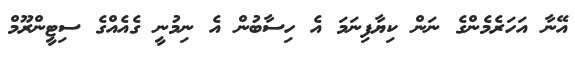
އޭނާ އަހަރެމެންގެ ނަން ކިޔާފިނަމަ އެ ހިސާބުން އެ ނިމުނީ ގެއެއްގެ ސިޓީންރޫމް